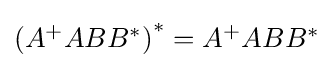
{\textstyle \left(A^{+}ABB^{*}\right)^{*}=A^{+}ABB^{*}}